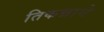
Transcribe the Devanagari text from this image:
तिकन्नाने